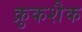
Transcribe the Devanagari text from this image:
क्रुकशैक